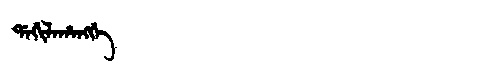
Manchu: ᡩᠠᡤᡳᠯᠠᡥᠠᠩᡤᡝ
Romanization: DAGILAHANGGE